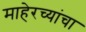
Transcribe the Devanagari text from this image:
माहेरच्यांचा